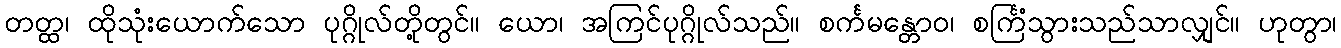
တတ္ထ၊ ထိုသုံးယောက်သော ပုဂ္ဂိုလ်တို့တွင်။ ယော၊ အကြင်ပုဂ္ဂိုလ်သည်။ စင်္ကမန္တောဝ၊ စင်္ကြံသွားသည်သာလျှင်။ ဟုတွာ၊